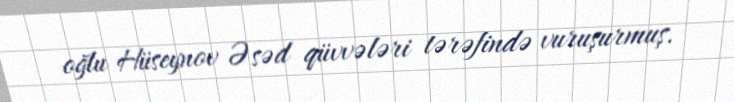
oğlu Hüseynov Əsəd qüvvələri tərəfində vuruşurmuş.